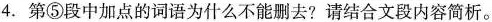
4.第⑤段中加点的词语为什么不能删去?请结合文段内容简析。